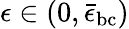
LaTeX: \epsilon\in(0,\bar{\epsilon}_{\mathrm{bc}})